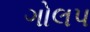
ગોલપ